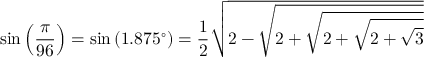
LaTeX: \sin \left( { \frac { \pi } { 9 6 } } \right) = \sin \left( 1 . 8 7 5 ^ { \circ } \right) = { \frac { 1 } { 2 } } { \sqrt { 2 - { \sqrt { 2 + { \sqrt { 2 + { \sqrt { 2 + { \sqrt { 3 } } } } } } } } } }